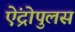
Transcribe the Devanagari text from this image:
ऐंद्रोपुलस